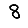
Digit: 8